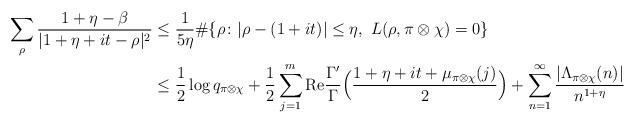
LaTeX: \begin{align*}\sum_{\rho}\frac{1+\eta-\beta}{|1+\eta+it-\rho|^2}&\leq \frac{1}{5\eta}\#\{\rho\colon |\rho-(1+it)|\leq \eta,~L(\rho,\pi\otimes\chi)=0\}\\&\leq \frac{1}{2}\log q_{\pi\otimes\chi}+\frac{1}{2}\sum_{j=1}^{m}\mathrm{Re}\frac{\Gamma'}{\Gamma}\Big(\frac{1+\eta+it+\mu_{\pi\otimes\chi}(j)}{2}\Big)+\sum_{n=1}^{\infty}\frac{|\Lambda_{\pi\otimes\chi}(n)|}{n^{1+\eta}}\end{align*}